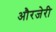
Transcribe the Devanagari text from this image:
औरजेरी